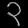
Digit: ၃